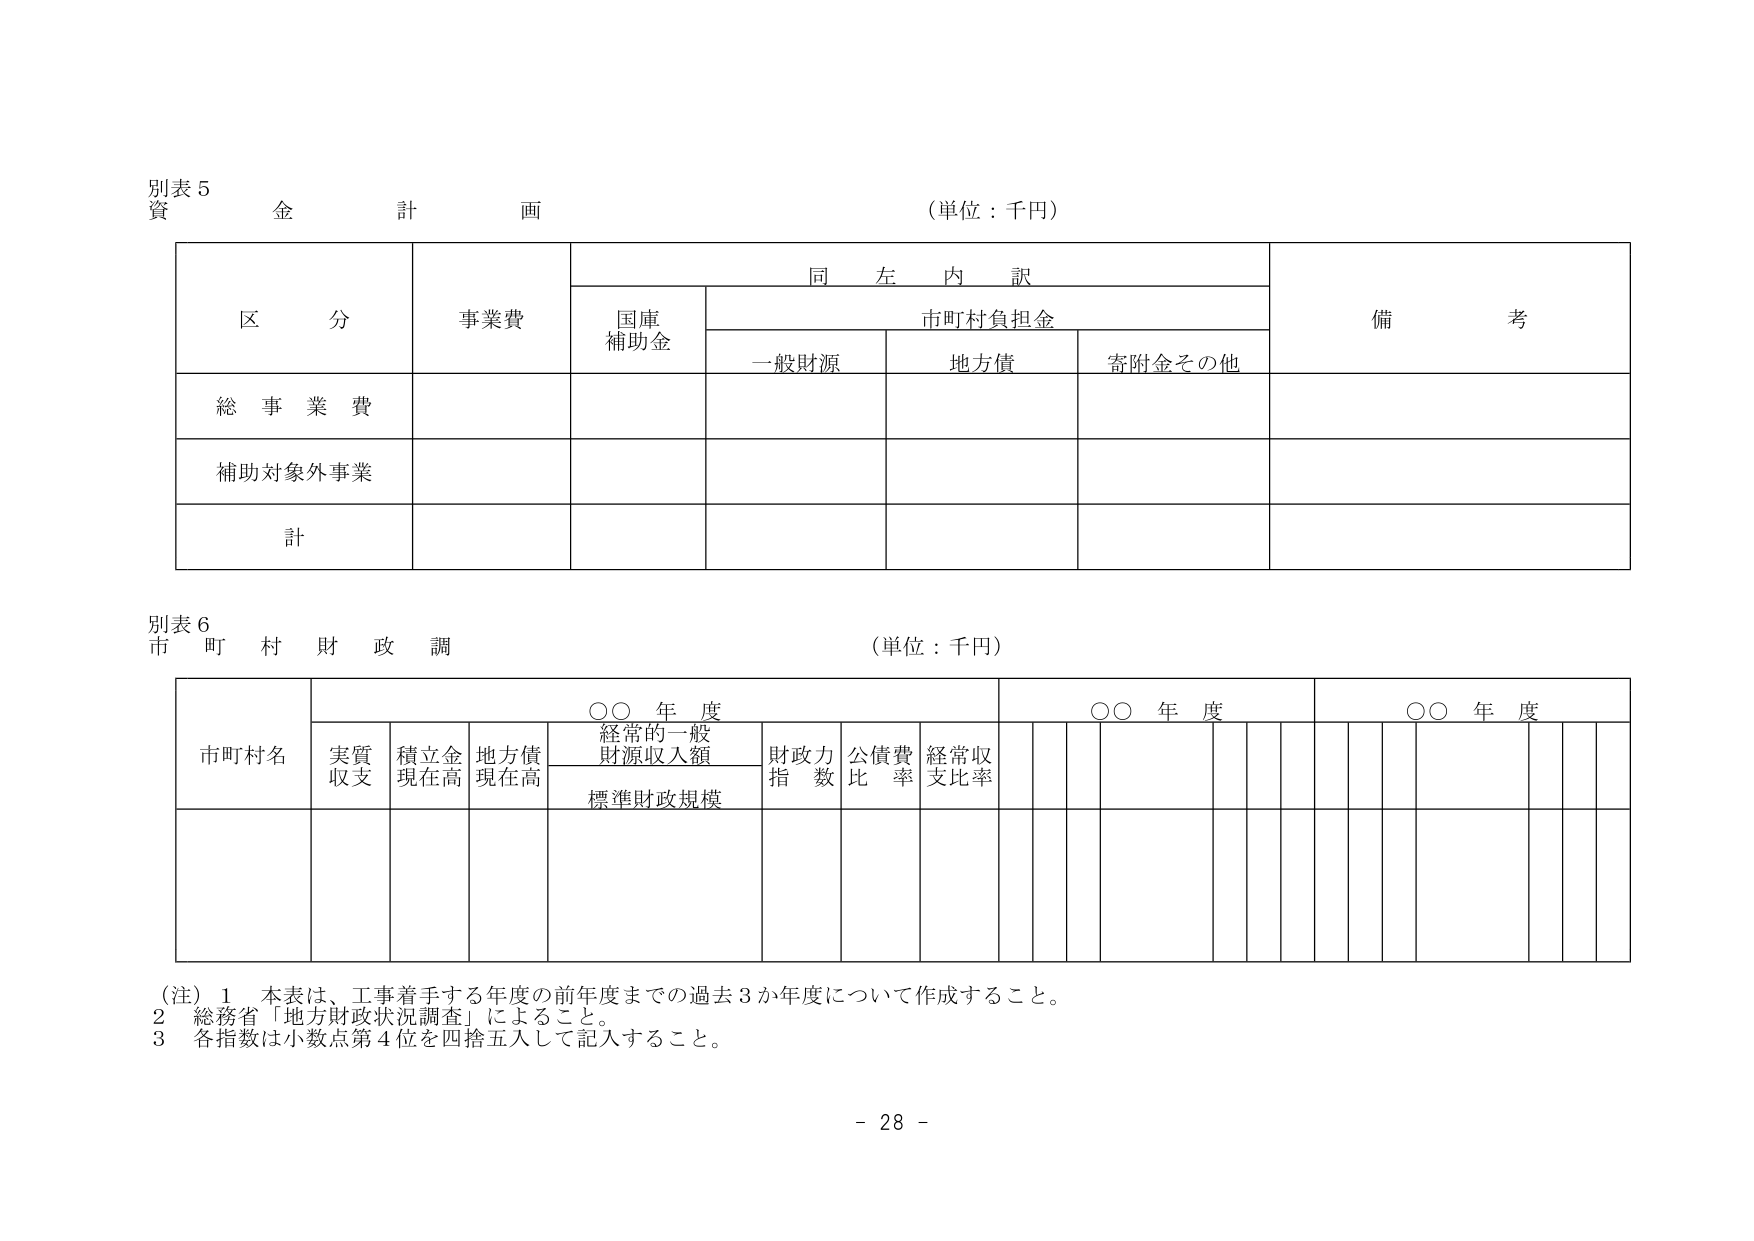
別表５
資金計画
（単位：千円）

区 分　　事業費　　同左内訳　　備考
　　　　　　　　　国庫補助金　　市町村負担金
　　　　　　　　　　　　　　一般財源　　地方債　　寄附金その他

総事業費
補助対象外事業
計

別表６
市町村財政調
（単位：千円）

市町村名　　○○年度　　○○年度　　○○年度
　　　　　　実質収支　　積立金現在高　　地方債現在高　　経常的一般財源収入額　　財政力指数　　公債費比率　　経常収支比率
　　　　　　　　　　　　　　　　　　標準財政規模

（注）１　本表は、工事着手する年度の前年度までの過去３か年度について作成すること。
　　２　総務省「地方財政状況調査」によること。
　　３　各指数は小数点第４位を四捨五入して記入すること。

- 28 -